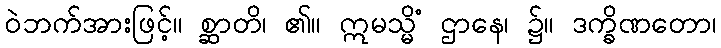
ဝဲဘက်အားဖြင့်။ စ္ဆာတိ၊ ၏။ ဣမသ္မိံ ဌာနေ၊ ၌။ ဒက္ခိဏတော၊